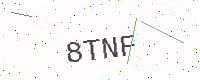
Text: 8TNF